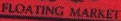
FLOATING MARKET